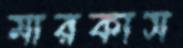
মারকাস